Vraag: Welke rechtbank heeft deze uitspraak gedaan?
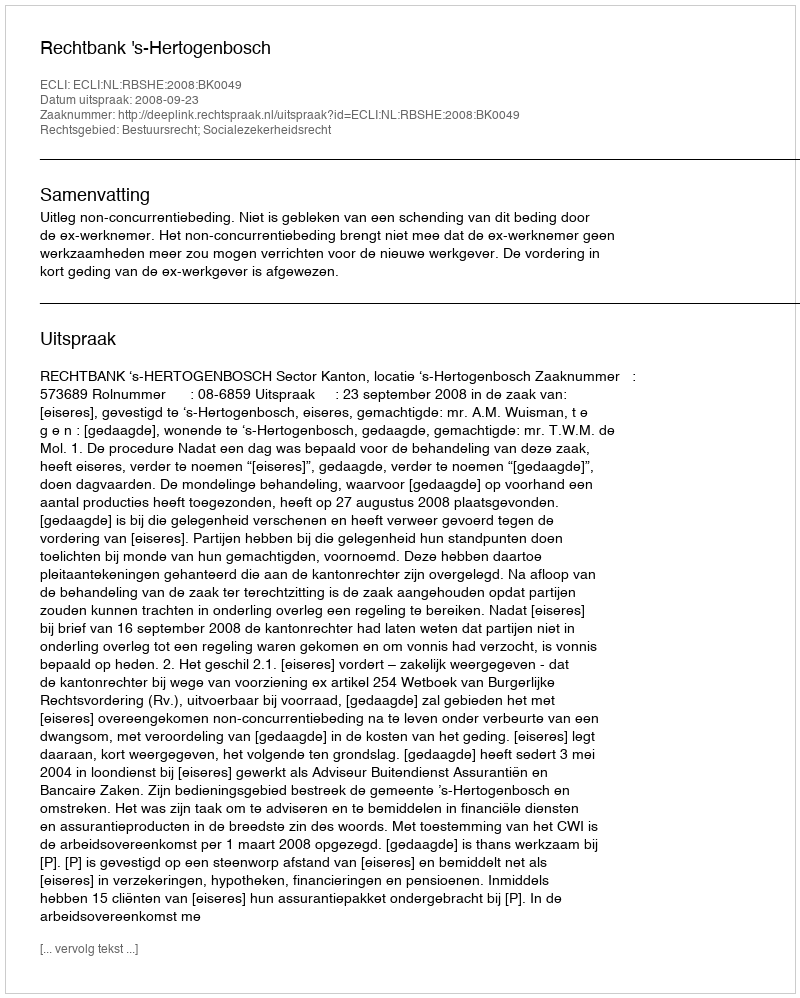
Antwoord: Rechtbank 's-Hertogenbosch